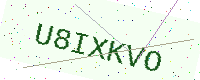
Text: U8IXKVO